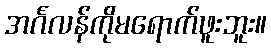
အင်္ဂလန်ကိုမရောက်ဖူးဘူး။